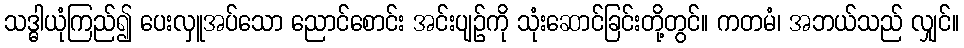
သဒ္ဓါယုံကြည်၍ ပေးလှူအပ်သော ညောင်စောင်း အင်းပျဉ်ကို သုံးဆောင်ခြင်းတို့တွင်။ ကတမံ၊ အဘယ်သည် လျှင်။